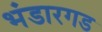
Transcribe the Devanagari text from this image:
भंडारगड